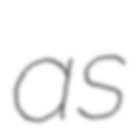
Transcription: as